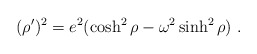
\begin{align*} (\rho')^2 = e^2 (\cosh^2 \rho - \omega^2 \sinh^2 \rho)\ .\end{align*}